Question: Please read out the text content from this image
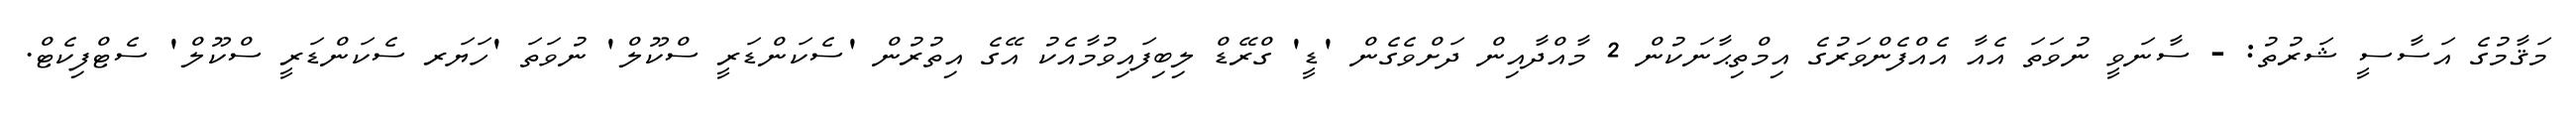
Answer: މަޤާމުގެ އަސާސީ ޝަރުތު: - ސާނަވީ ނުވަތަ އެއާ އެއްފެންވަރުގެ އިމްތިޙާނަކުން 2 މާއްދާއިން ދަށްވެގެން 'ޑީ' ގްރޭޑް ލިބިފައިވުމާއެކު އޭގެ އިތުރުން 'ސެކަންޑަރީ ސްކޫލް' ނުވަތަ 'ހަޔަރ ސެކަންޑަރީ ސްކޫލް' ސެޓްފިކެޓް.